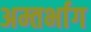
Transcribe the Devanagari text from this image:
अम्तर्भाग